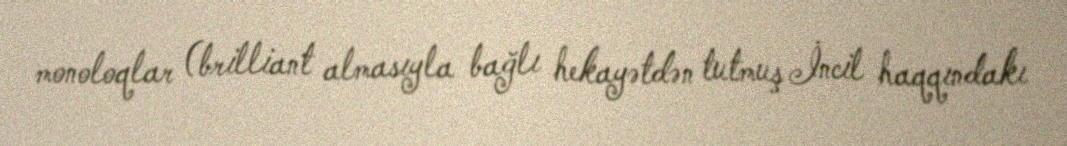
monoloqlar (brilliant almasıyla bağlı hekayətdən tutmuş İncil haqqındakı